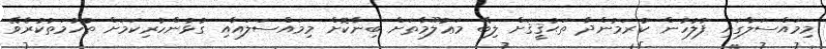
މިމައްސަލާގައި ފުލުހުން ކުރަމުންދާ ތަޙުޤީޤަށް ލިބޭ މަޢުލޫމާތަށް ބިނާކޮށް މިމައްސަލައާއި ގުޅުންހުރިކަމަށް ތުހުމަތުކުރެވޭ